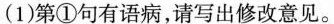
(1)第①句有语病，请写出修改意见。